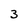
Character: 3